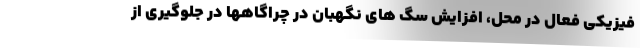
فیزیکی فعال در محل، افزایش سگ های نگهبان در چراگاهها در جلوگیری از